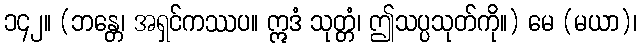
၁၄၂။ (ဘန္တေ၊ အရှင်ကဿပ။ ဣဒံ သုတ္တံ၊ ဤသပ္ပသုတ်ကို။) မေ (မယာ)၊